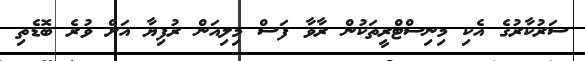
ސަރުކާރުގެ އެކި މިނިސްޓްރީތަކުން ރާވާ ފަސް މިލިއަން ރުފިޔާ އަށް ވުރެ ބޮޑެތި